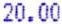
20.00